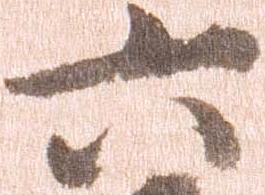
六